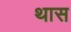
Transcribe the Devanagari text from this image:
थास